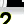
Digit: 2